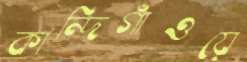
কান্দিগাঁওয়ে